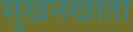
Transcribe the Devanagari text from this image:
सुखनखाता